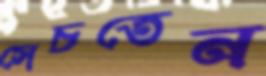
সেচতেন